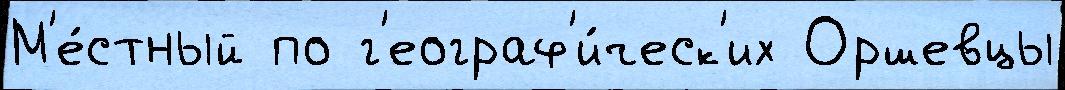
М'е́стный по г'еограф'и́ческ'их Оршевцы